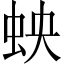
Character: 𫊬